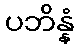
ပဘိန္နံ